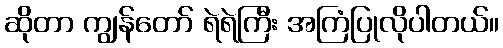
ဆိုတာ ကျွန်တော် ရဲရဲကြီး အကြံပြုလိုပါတယ်။